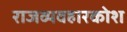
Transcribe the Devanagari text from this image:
राजव्यवहारकोश